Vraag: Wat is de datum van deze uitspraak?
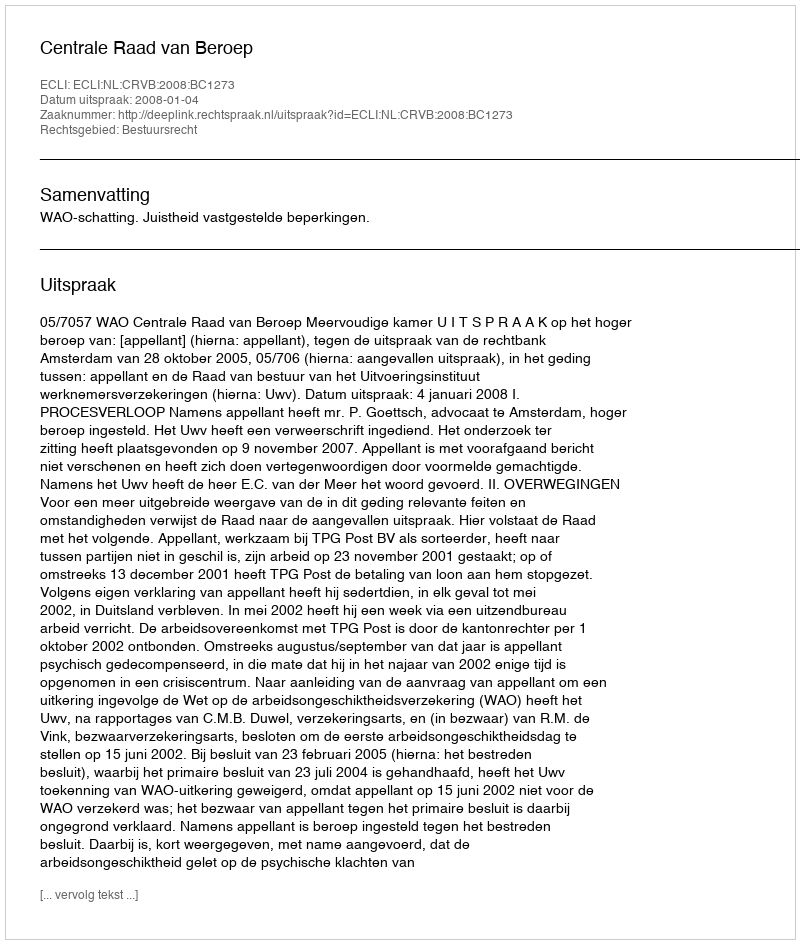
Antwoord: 2008-01-04